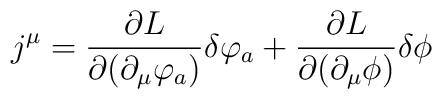
j^{\mu} = \frac {\partial L} {\partial (\partial_{\mu} \varphi_{a})} \delta \varphi_{a}+ \frac {\partial L} {\partial (\partial_{\mu} \phi)} \delta \phi